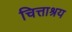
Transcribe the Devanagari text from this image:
चित्ताश्रय